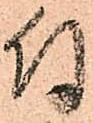
付